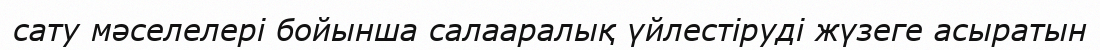
сату мәселелері бойынша салааралық үйлестіруді жүзеге асыратын